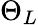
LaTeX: \Theta_{L}